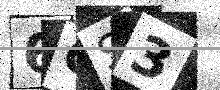
Text: 6OS3